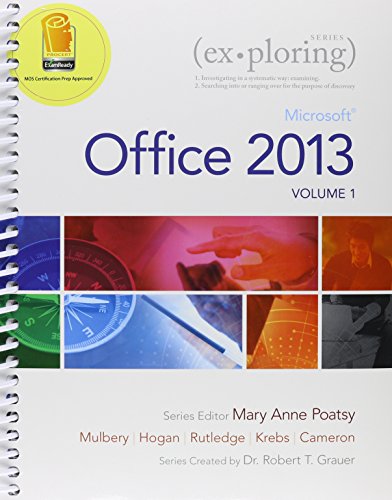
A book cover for Exploring Microsoft Office 2013, Vol. 1 & MyITLab with Pearson eText -- Access Card & Office 365 Home Premium Academic -- 180-Day Trial Access Card Package; MaryAnne Poatsy; Computers & Technology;